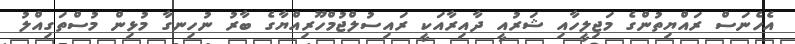
އެހެނަސް ރައްޔިތުންގެ މަޖިލީހާއި ޝަރުއީ ދާއިރާއަކީ ރައިސުލްޖުމްހޫރިއްޔާގެ ބާރު ނުހިނގާ މުޅިން މުސްތަގިއްލު